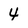
Character: 4